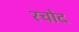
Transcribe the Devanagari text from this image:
रचोद